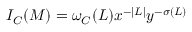
{ \cal I _ { C } } ( M ) = \omega _ { \cal C } ( L ) x ^ { - | L | } y ^ { - \sigma ( L ) }